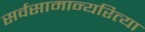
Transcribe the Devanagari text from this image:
सर्वसामान्यरित्या